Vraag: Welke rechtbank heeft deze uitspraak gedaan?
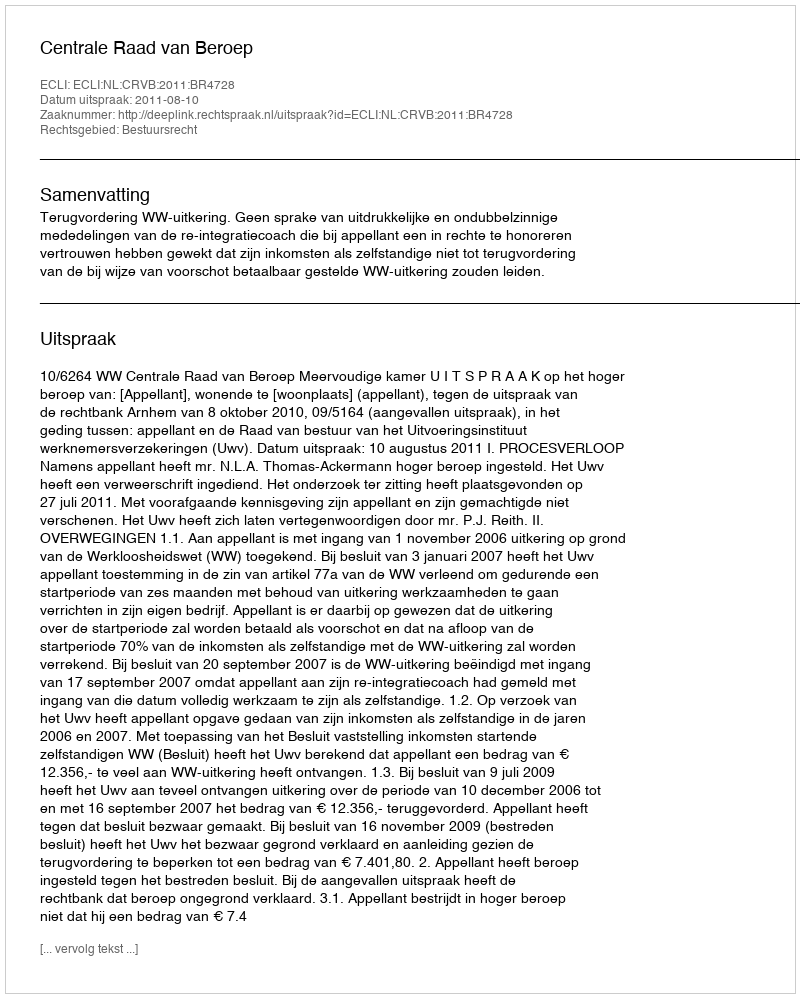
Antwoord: Centrale Raad van Beroep